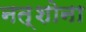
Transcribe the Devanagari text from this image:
नत्शोना